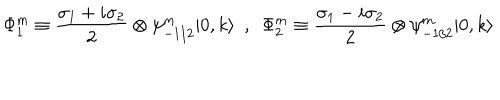
\Phi _ { 1 } ^ { m } \equiv \frac { \sigma _ { 1 } + i \sigma _ { 2 } } { 2 } \otimes \psi _ { - 1 / 2 } ^ { m } | 0 , k \rangle ~ ~ , ~ ~ \Phi _ { 2 } ^ { m } \equiv \frac { \sigma _ { 1 } - i \sigma _ { 2 } } { 2 } \otimes \psi _ { - 1 / 2 } ^ { m } | 0 , k \rangle